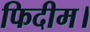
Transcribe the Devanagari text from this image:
फिदीम।